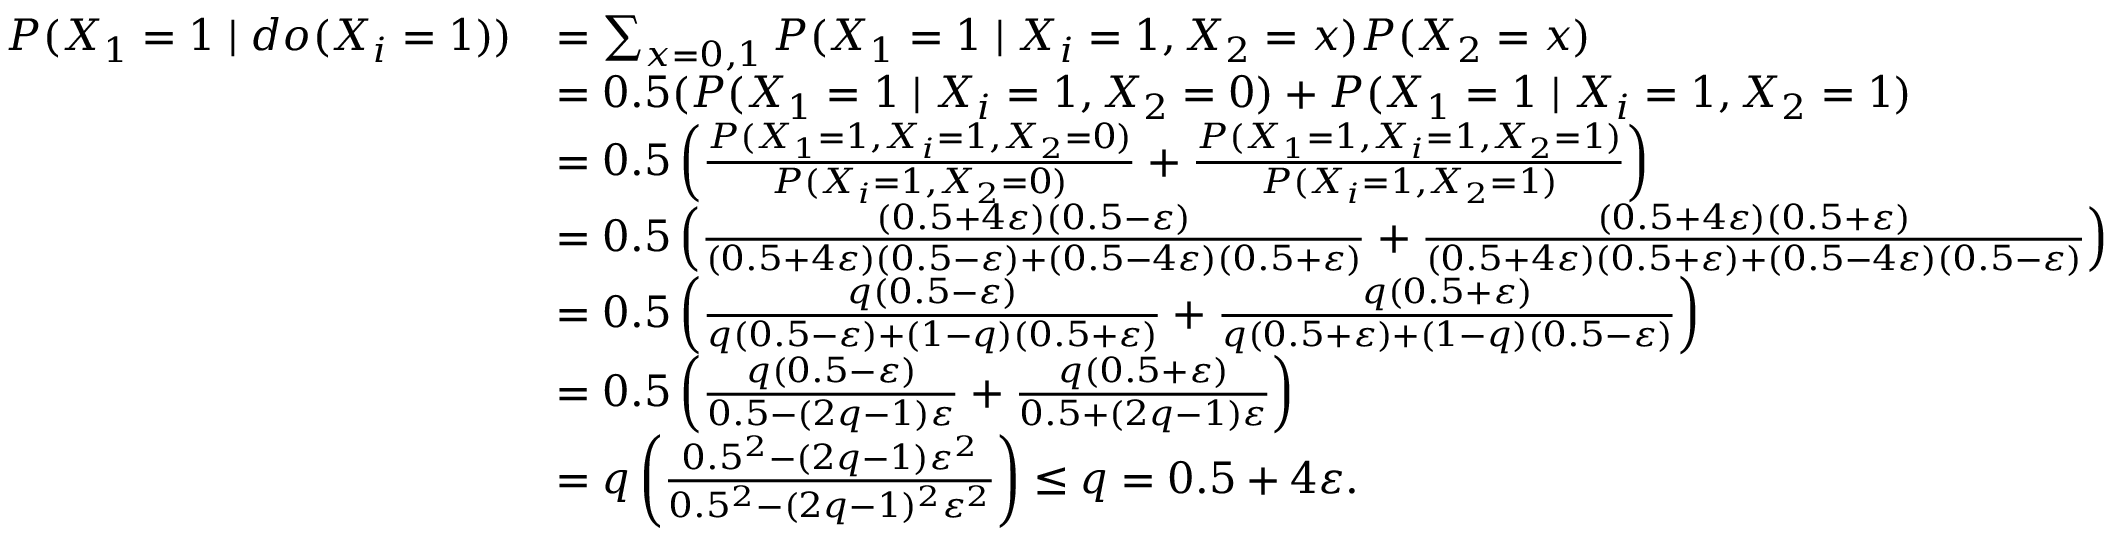
\begin{array} { r l } { P ( X _ { 1 } = 1 \mid d o ( X _ { i } = 1 ) ) } & { = \sum _ { x = 0 , 1 } P ( X _ { 1 } = 1 \mid X _ { i } = 1 , X _ { 2 } = x ) P ( X _ { 2 } = x ) } \\ & { = 0 . 5 ( P ( X _ { 1 } = 1 \mid X _ { i } = 1 , X _ { 2 } = 0 ) + P ( X _ { 1 } = 1 \mid X _ { i } = 1 , X _ { 2 } = 1 ) } \\ & { = 0 . 5 \left( \frac { P ( X _ { 1 } = 1 , X _ { i } = 1 , X _ { 2 } = 0 ) } { P ( X _ { i } = 1 , X _ { 2 } = 0 ) } + \frac { P ( X _ { 1 } = 1 , X _ { i } = 1 , X _ { 2 } = 1 ) } { P ( X _ { i } = 1 , X _ { 2 } = 1 ) } \right) } \\ & { = 0 . 5 \left( \frac { ( 0 . 5 + 4 \varepsilon ) ( 0 . 5 - \varepsilon ) } { ( 0 . 5 + 4 \varepsilon ) ( 0 . 5 - \varepsilon ) + ( 0 . 5 - 4 \varepsilon ) ( 0 . 5 + \varepsilon ) } + \frac { ( 0 . 5 + 4 \varepsilon ) ( 0 . 5 + \varepsilon ) } { ( 0 . 5 + 4 \varepsilon ) ( 0 . 5 + \varepsilon ) + ( 0 . 5 - 4 \varepsilon ) ( 0 . 5 - \varepsilon ) } \right) } \\ & { = 0 . 5 \left( \frac { q ( 0 . 5 - \varepsilon ) } { q ( 0 . 5 - \varepsilon ) + ( 1 - q ) ( 0 . 5 + \varepsilon ) } + \frac { q ( 0 . 5 + \varepsilon ) } { q ( 0 . 5 + \varepsilon ) + ( 1 - q ) ( 0 . 5 - \varepsilon ) } \right) } \\ & { = 0 . 5 \left( \frac { q ( 0 . 5 - \varepsilon ) } { 0 . 5 - ( 2 q - 1 ) \varepsilon } + \frac { q ( 0 . 5 + \varepsilon ) } { 0 . 5 + ( 2 q - 1 ) \varepsilon } \right) } \\ & { = q \left( \frac { 0 . 5 ^ { 2 } - ( 2 q - 1 ) \varepsilon ^ { 2 } } { 0 . 5 ^ { 2 } - ( 2 q - 1 ) ^ { 2 } \varepsilon ^ { 2 } } \right) \le q = 0 . 5 + 4 \varepsilon . } \end{array}